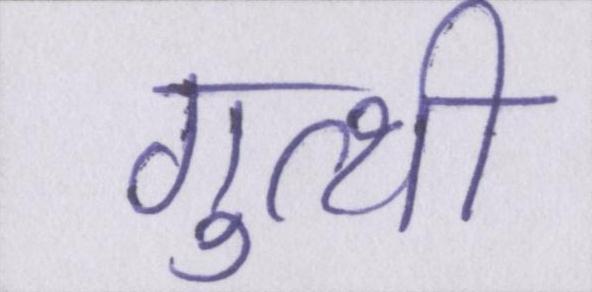
गुत्थी